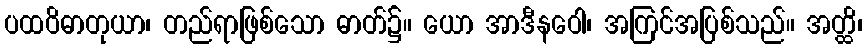
ပထဝိဓာတုယာ၊ တည်ရာဖြစ်သော ဓာတ်၌။ ယော အာဒီနဝေါ၊ အကြင်အပြစ်သည်။ အတ္ထိ၊